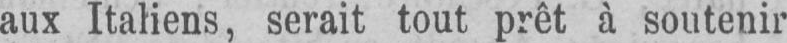
aux Italiens, serait tout prêt à soutenir